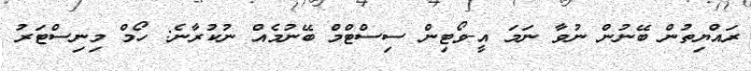
ރައްޔިތުން ބޭނުން ނުވާ ނަމަ އީ-ވޯޓިން ސިސްޓްމް ބޭނުމެއް ނުކުރާނެ: ހޯމް މިނިސްޓަރު